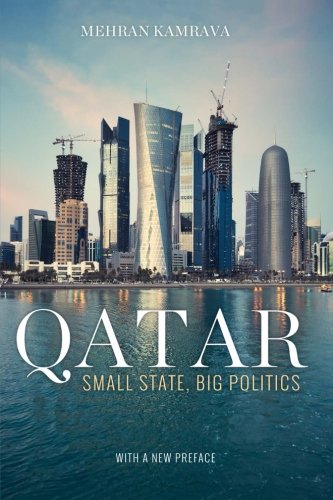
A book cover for Qatar: Small State, Big Politics; Mehran Kamrava; History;